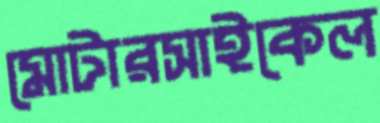
মোটারসাইকেল